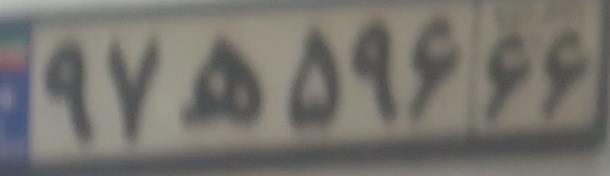
۹۷ه۵۹۶۶۶